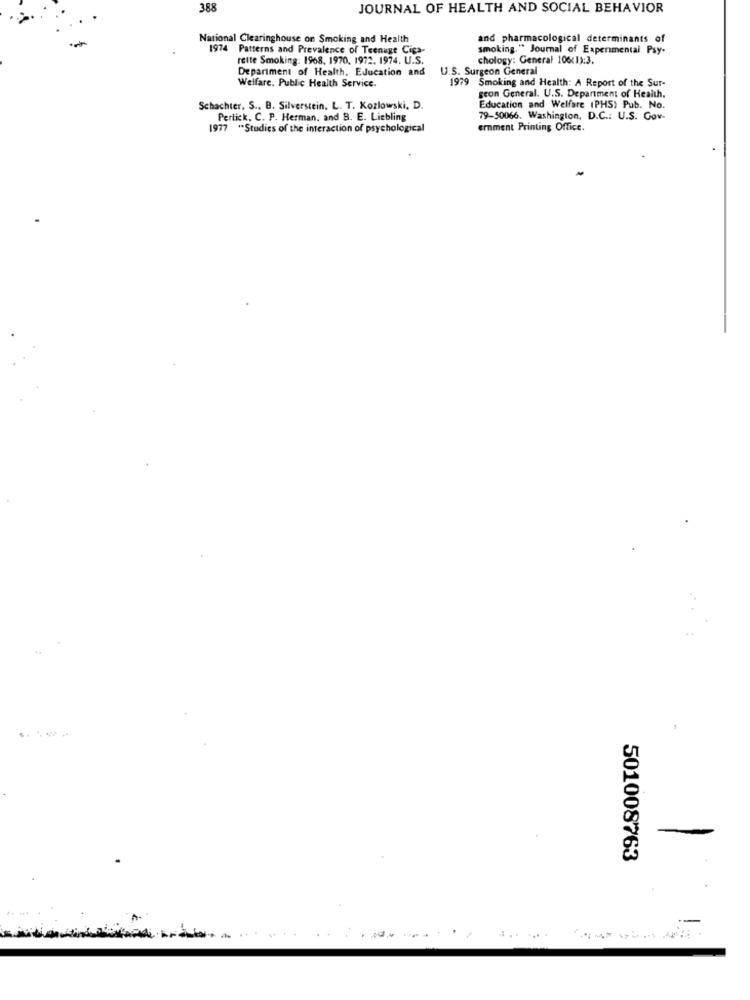
388
JOURNAL OF HEALTH AND SOCIAL BEHAVIOR
National Clearinghouse on Smoking and Health
and pharmacological determinants of
1974 Patterns and Prevalence of Teenage Cipa-
smoking." Journal of Experimental Psy-
rette Smoking: 1968, 1970, 1972. 1974. U.S.
chology: General 106(1):3.
Department of Health. Education and
U.S. Surgeon General
Welfare, Public Health Service.
1979 Smoking and Health: A Report of the Sur-
geon General. U.S. Department of Health.
Schachter. S ., B. Silverstein. L. T. Kozlowski, D.
Education and Welfare (PHS) Pub. No.
Perlick. C. P. Herman, and B. E. Liebling
79-50066. Washington, D.C .: U.S. Gov-
1977 "Studies of the interaction of psychological
emment Printing Office.
-
501008763
...